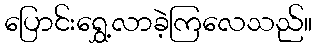
ပြောင်းရွှေ့လာခဲ့ကြလေသည်။